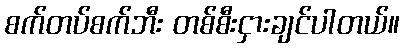
စက်တပ်စက်ဘီး တစ်စီးငှားချင်ပါတယ်။